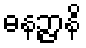
ဓနဉ္ဇာနိ